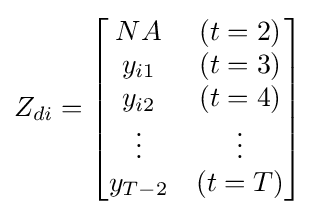
Z_{di}={\begin{bmatrix}NA&(t=2)\\y_{i1}&(t=3)\\y_{i2}&(t=4)\\\vdots &\vdots \\y_{T-2}&(t=T)\end{bmatrix}}